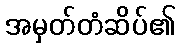
အမှတ်တံဆိပ်၏